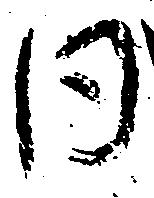
同